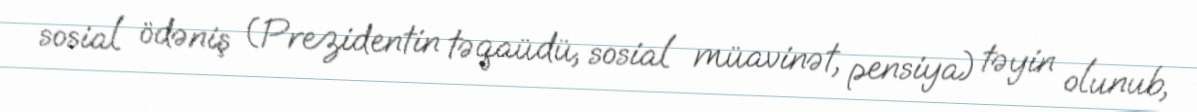
sosial ödəniş (Prezidentin təqaüdü, sosial müavinət, pensiya) təyin olunub,